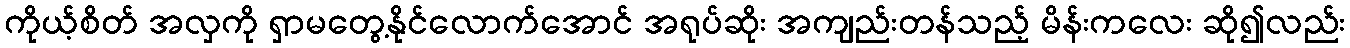
ကိုယ့်စိတ် အလှကို ရှာမတွေ့နိုင်လောက်အောင် အရုပ်ဆိုး အကျည်းတန်သည့် မိန်းကလေး ဆို၍လည်း